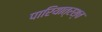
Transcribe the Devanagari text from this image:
पारियात्रश्च